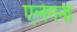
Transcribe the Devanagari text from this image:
एलेगनी